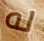
له